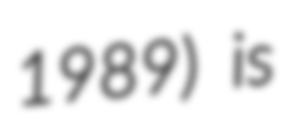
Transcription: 1989) is